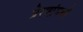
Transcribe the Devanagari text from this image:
प्रेरणांमध्ये